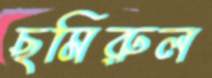
ছমিরুল